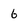
Character: 6